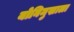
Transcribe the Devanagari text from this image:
योनिमुखाला